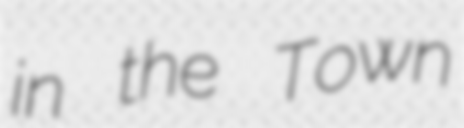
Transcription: in the Town